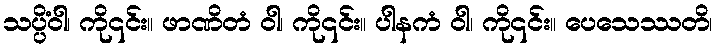
သပ္ပိံဝါ၊ ကို၎င်း။ ဖာဏိတံ ဝါ၊ ကို၎င်း။ ပါနကံ ဝါ၊ ကို၎င်း။ ပေသေဿတိ၊